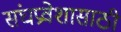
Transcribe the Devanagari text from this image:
संघप्रवेशासाठी